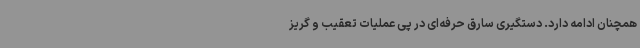
همچنان ادامه دارد. دستگیری سارق حرفه‌ای در پی عملیات تعقیب و گریز